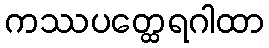
ကဿပတ္ထေရဂါထာ